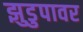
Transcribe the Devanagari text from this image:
झुडुपावर